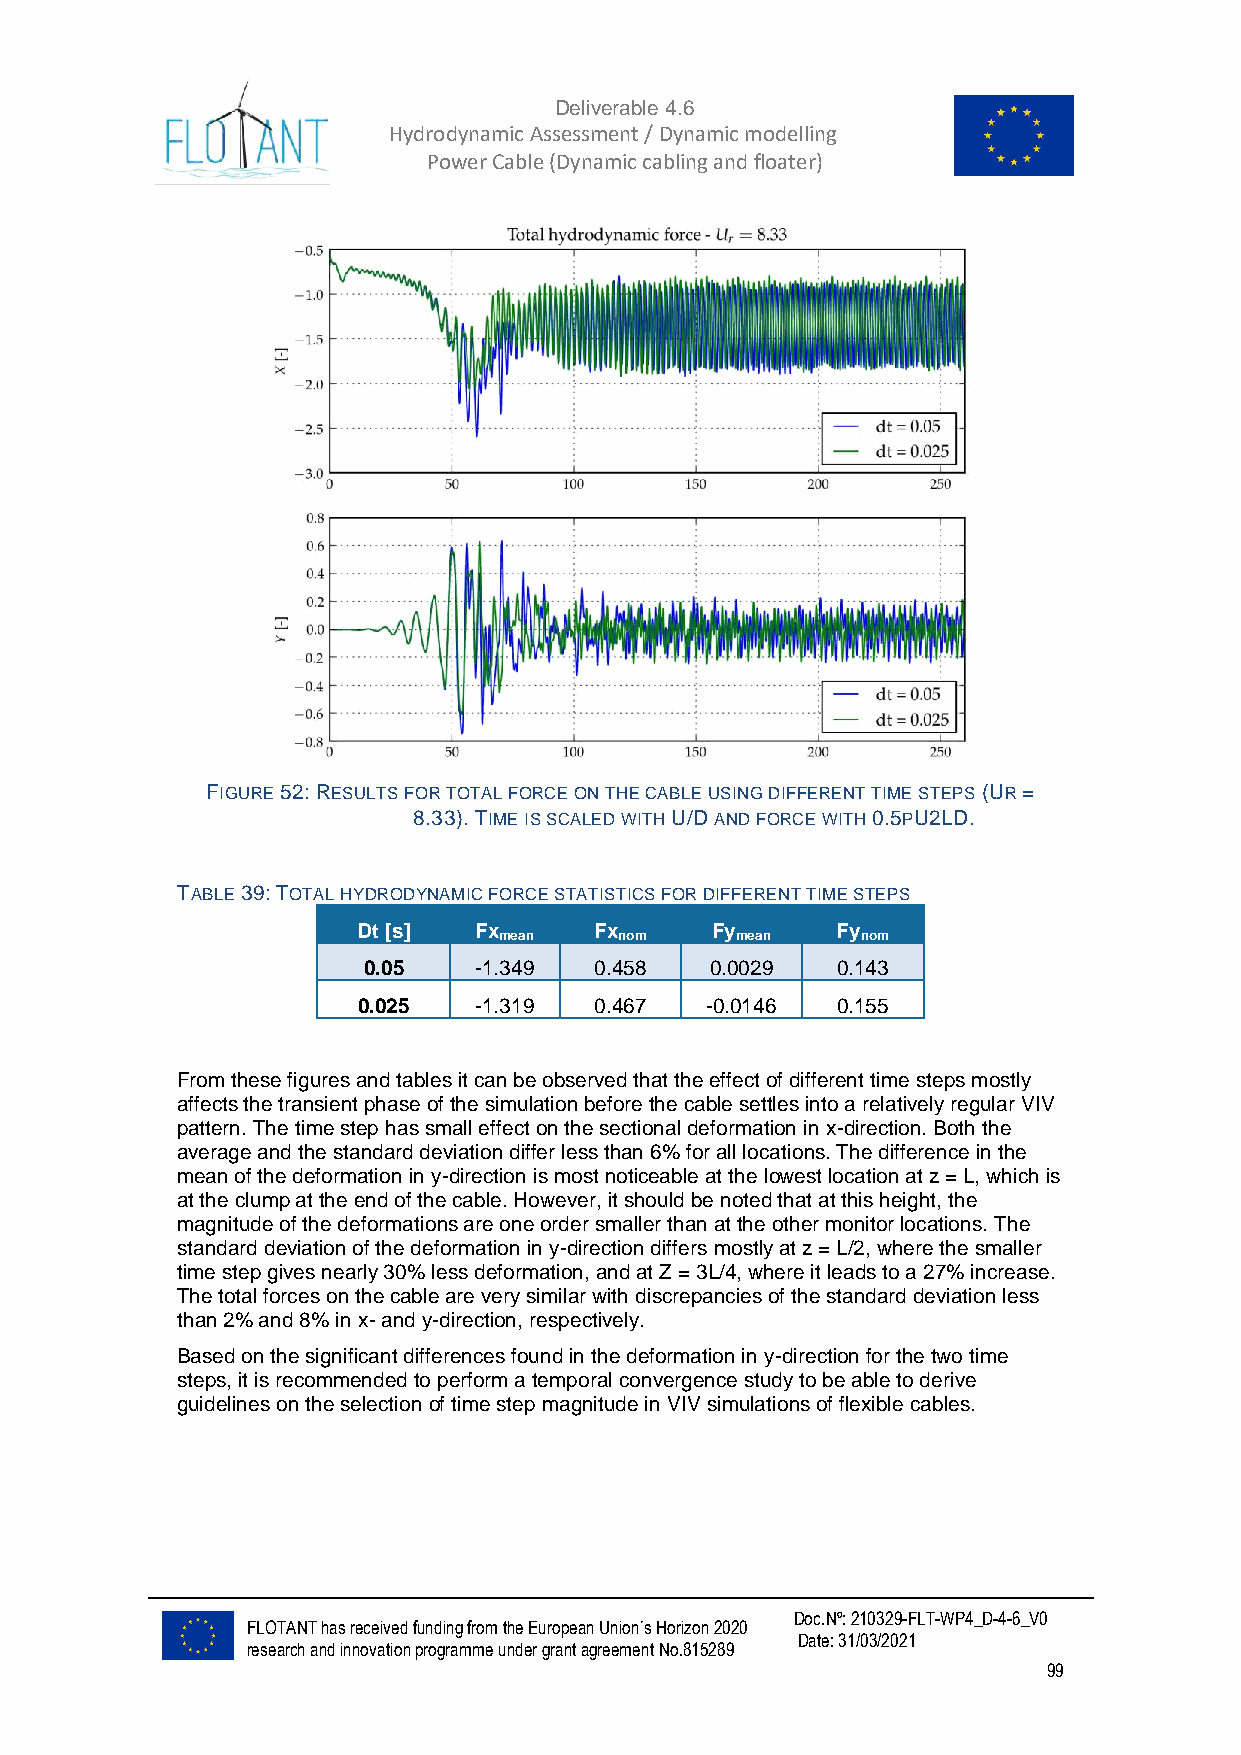
Deliverable 4.6
 Hydrodynamic Assessment / Dynamic modelling of
 Power Cable (Dynamic cabling and floater)
 FIGURE 52: RESULTS FOR TOTAL FORCE ON THE CABLE USING DIFFERENT TIME STEPS (UR =
 8.33). TIME IS SCALED WITH U/D AND FORCE WITH 0.5ΡU2LD.
 TABLE 39: TOTAL HYDRODYNAMIC FORCE STATISTICS FOR DIFFERENT TIME STEPS
 Dt [s] Fx      Fx      Fy      Fy
 mean    nom     mean    nom
 0.05   -1.349  0.458   0.0029  0.143
 0.025  -1.319  0.467   -0.0146 0.155
 From these figures and tables it can be observed that the effect of different time steps mostly
 affects the transient phase of the simulation before the cable settles into a relatively regular VIV
 pattern. The time step has small effect on the sectional deformation in x-direction. Both the
 average and the standard deviation differ less than 6% for all locations. The difference in the
 mean of the deformation in y-direction is most noticeable at the lowest location at z = L, which is
 at the clump at the end of the cable. However, it should be noted that at this height, the
 magnitude of the deformations are one order smaller than at the other monitor locations. The
 standard deviation of the deformation in y-direction differs mostly at z = L/2, where the smaller
 time step gives nearly 30% less deformation, and at Z = 3L/4, where it leads to a 27% increase.
 The total forces on the cable are very similar with discrepancies of the standard deviation less
 than 2% and 8% in x- and y-direction, respectively.
 Based on the significant differences found in the deformation in y-direction for the two time
 steps, it is recommended to perform a temporal convergence study to be able to derive
 guidelines on the selection of time step magnitude in VIV simulations of flexible cables.
 Doc.Nº: 210329-FLT-WP4_D-4-6_V0
 FLOTANT has received funding from the European Union´s Horizon 2020
 Date: 31/03/2021
 research and innovation programme under grant agreement No.815289
 99